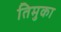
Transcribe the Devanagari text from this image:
तिमुका